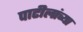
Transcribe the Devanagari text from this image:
पाटीलांच्या